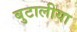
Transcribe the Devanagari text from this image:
बुटालीया